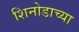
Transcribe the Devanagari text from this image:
शिनोडाच्या